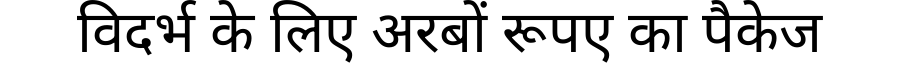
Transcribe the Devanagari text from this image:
विदर्भ के लिए अरबों रूपए का पैकेज